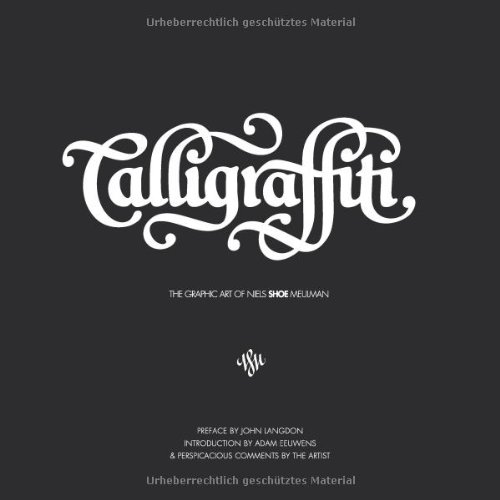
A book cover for Calligraffiti: The Graphic Art of Niels Shoe Meulman; Niels 'Shoe' Meulman; Arts & Photography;